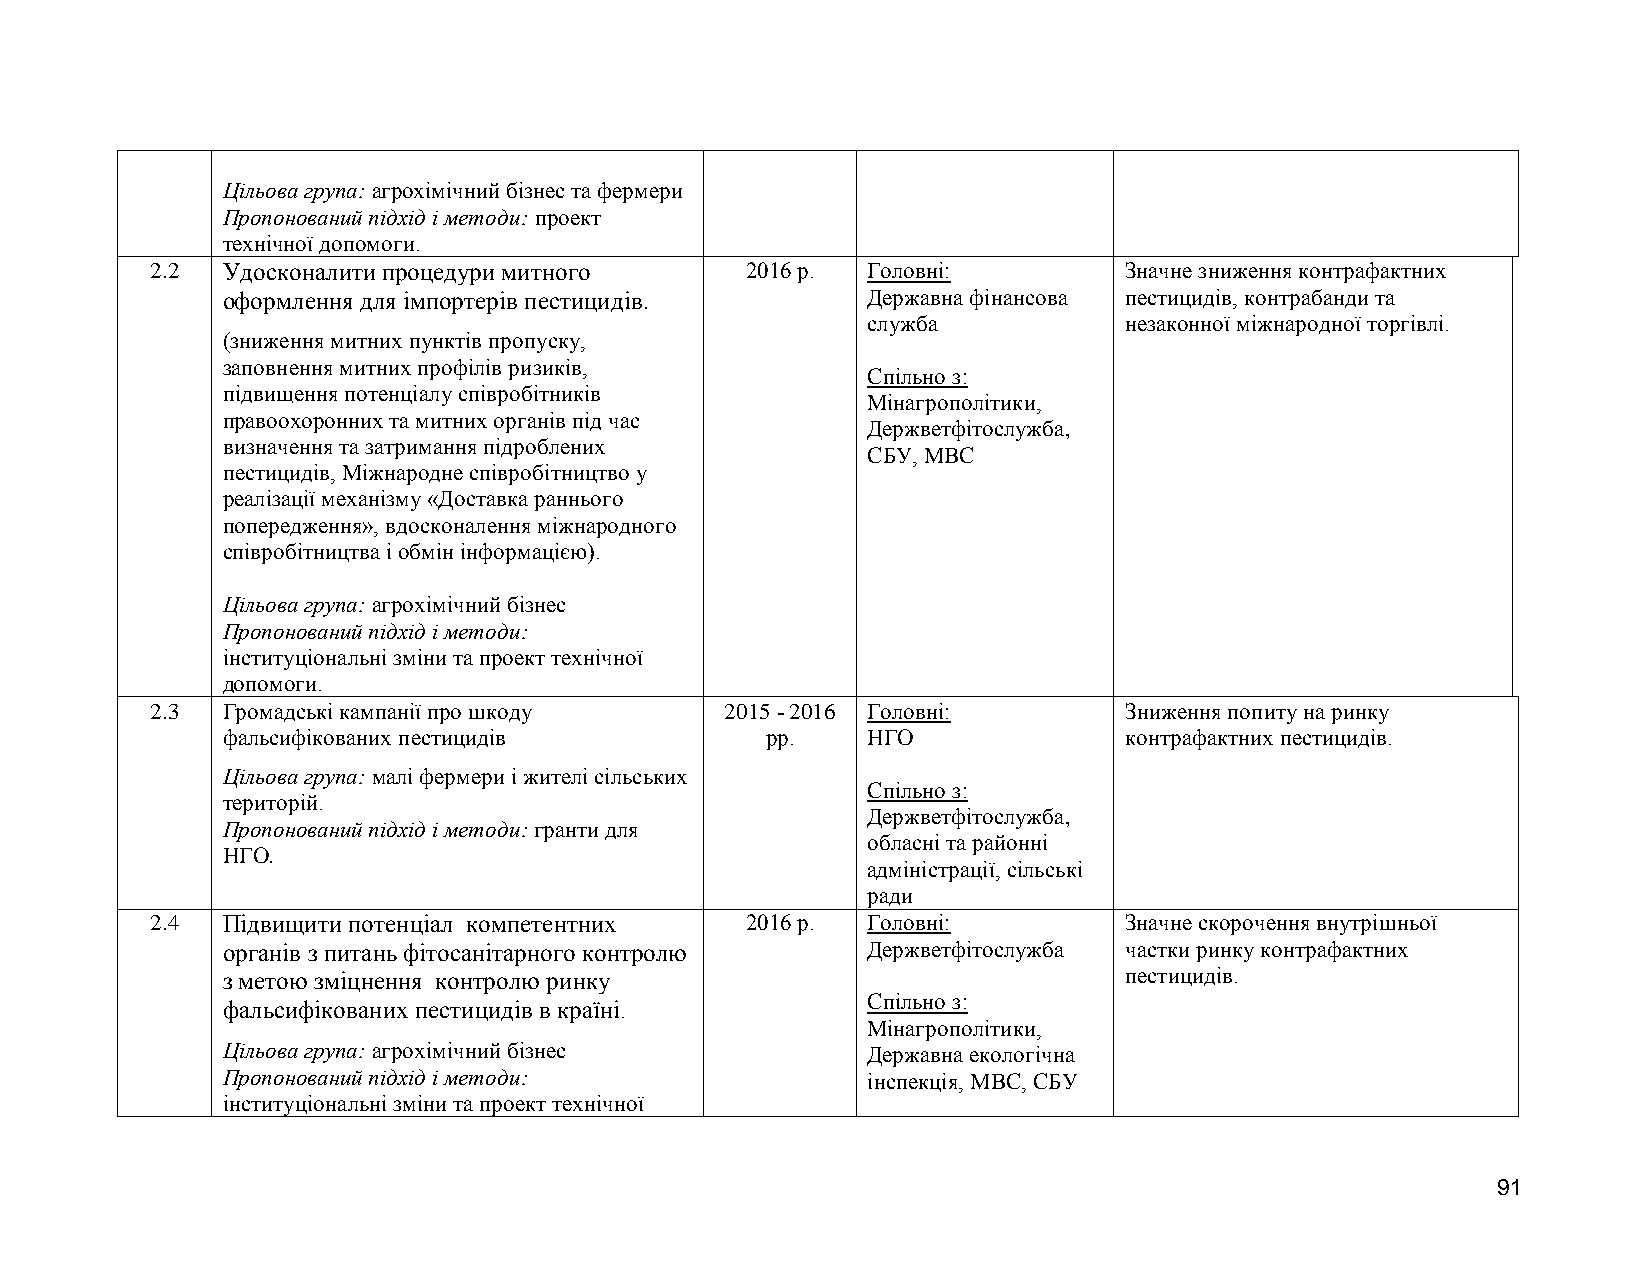
Цільова група: агрохімічний бізнес та фермери
 Пропонований підхід і методи: проект
 технічної допомоги.
 2.2  Удосконалити процедури митного    2016 р. Головні:         Значне зниження контрафактних
 оформлення для імпортерів пестицидів.     Державна фінансова пестицидів, контрабанди та
 служба           незаконної міжнародної торгівлі.
 (зниження митних пунктів пропуску,
 заповнення митних профілів ризиків,
 Спільно з:
 підвищення потенціалу співробітників
 Мінагрополітики,
 правоохоронних та митних органів під час
 Держветфітослужба,
 визначення та затримання підроблених
 СБУ, МВС
 пестицидів, Міжнародне співробітництво у
 реалізації механізму «Доставка раннього
 попередження», вдосконалення міжнародного
 співробітництва і обмін інформацією).
 Цільова група: агрохімічний бізнес
 Пропонований підхід і методи:
 інституціональні зміни та проект технічної
 допомоги.
 2.3  Громадські кампанії про шкоду    2015 - 2016 Головні:      Зниження попиту на ринку
 фальсифікованих пестицидів          рр.   НГО              контрафактних пестицидів.
 Цільова група: малі фермери і жителі сільських
 Спільно з:
 територій.
 Держветфітослужба,
 Пропонований підхід і методи: гранти для
 обласні та районні
 НГО.
 адміністрації, сільські
 ради
 2.4  Підвищити потенціал компетентних  2016 р. Головні:         Значне скорочення внутрішньої
 органів з питань фітосанітарного контролю Держветфітослужба частки ринку контрафактних
 з метою зміцнення контролю ринку                           пестицидів.
 Спільно з:
 фальсифікованих пестицидів в країні.
 Мінагрополітики,
 Цільова група: агрохімічний бізнес        Державна екологічна
 Пропонований підхід і методи:             інспекція, МВС, СБУ
 інституціональні зміни та проект технічної
 91